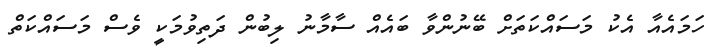
ހަމައެއާ އެކު މަސައްކަތަށް ބޭނުންވާ ބައެއް ސާމާނު ލިބުން ދަތިވުމަކީ ވެސް މަސައްކަތް